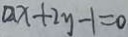
a x + 2 y - 1 = 0